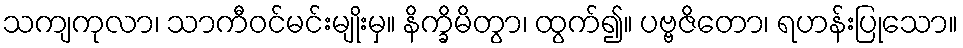
သကျကုလာ၊ သာကီဝင်မင်းမျိုးမှ။ နိက္ခိမိတွာ၊ ထွက်၍။ ပဗ္ဗဇိတော၊ ရဟန်းပြုသော။